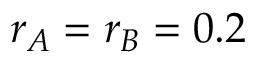
r _ { A } = r _ { B } = 0 . 2